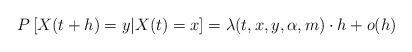
LaTeX: \begin{align*}P\left[X(t+h)= y | X(t) = x\right] = \lambda(t,x,y,\alpha,m) \cdot h + o(h)\end{align*}